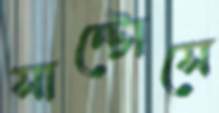
সান্টোসে